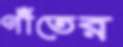
গাঁতের